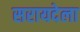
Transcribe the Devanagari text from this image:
सरायदेला